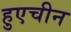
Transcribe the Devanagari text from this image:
हुएचीन